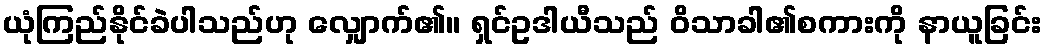
ယုံကြည်နိုင်ခဲပါသည်ဟု လျှောက်၏။ ရှင်ဥဒါယီသည် ဝိသာခါ၏စကားကို နာယူခြင်း